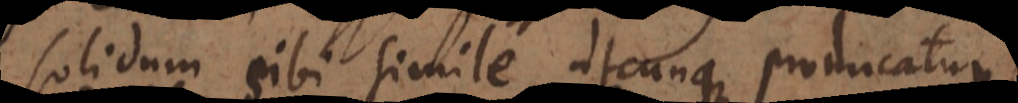
solidum sibi simile, utcunque producatur,